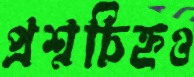
প্রশ্নচিহ্নও